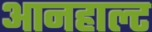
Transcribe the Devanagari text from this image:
आनहाल्ट